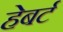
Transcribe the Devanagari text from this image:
हेबर्ट